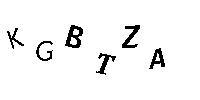
KGBTZA